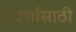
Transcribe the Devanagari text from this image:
वर्णासाठी